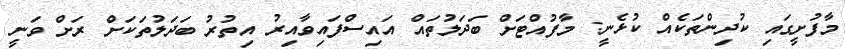
މާފުށީގައި ކުދިންތަކެއް ކުޅެނީ: މާފުއްޓަށް ބަދަލުތައް އައިސްފައިވާއިރު އިތުރު ބަދަލުތަކަށް ރަށް ވަނީ